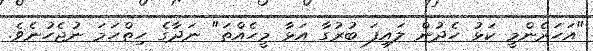
"އަހަރެންމީ ކަޅު ހެދުން ލައިފަ ބުރުގާ އަޅާ މީހެއްތަ" ނަދާގެ ހިތްހަމަ ނުޖެހުނެވެ.